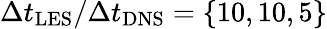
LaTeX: \Delta{t_{\mathrm{{LES}}}}/\Delta{t_{\mathrm{{DNS}}}}=\left\{ {10,10,5}\right\}